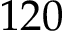
1 2 0